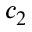
c _ { 2 }